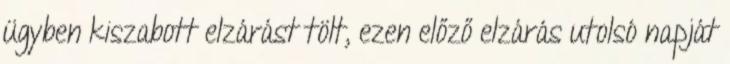
ügyben kiszabott elzárást tölt, ezen előző elzárás utolsó napját